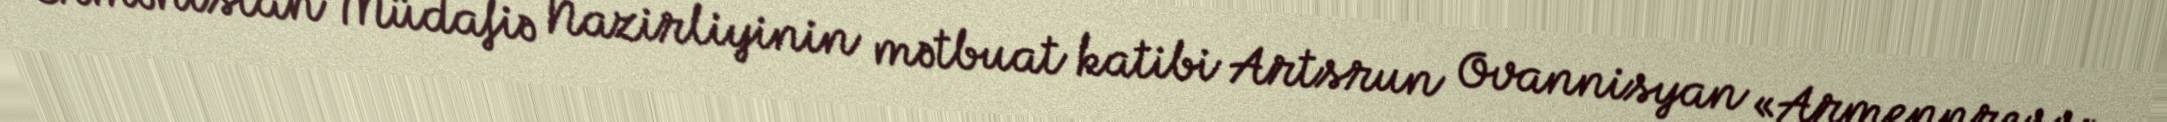
Ermənistan Müdafiə Nazirliyinin mətbuat katibi Artsrun Ovannisyan «Armenpress»